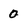
Character: 0